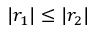
| r _ { 1 } | \leq | r _ { 2 } |